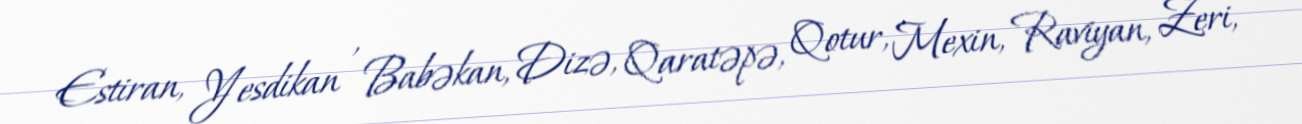
Estiran, Yesdikan , Babəkan, Dizə, Qaratəpə, Qotur, Mexin, Raviyan, Zeri,